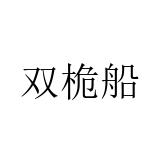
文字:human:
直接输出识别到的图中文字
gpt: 双桅船